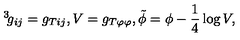
\, ^ { 3 } \! g _ { i j } = g _ { T i j } , V = g _ { T \varphi \varphi } , \tilde { \phi } = \phi - \frac { 1 } { 4 } \log V ,